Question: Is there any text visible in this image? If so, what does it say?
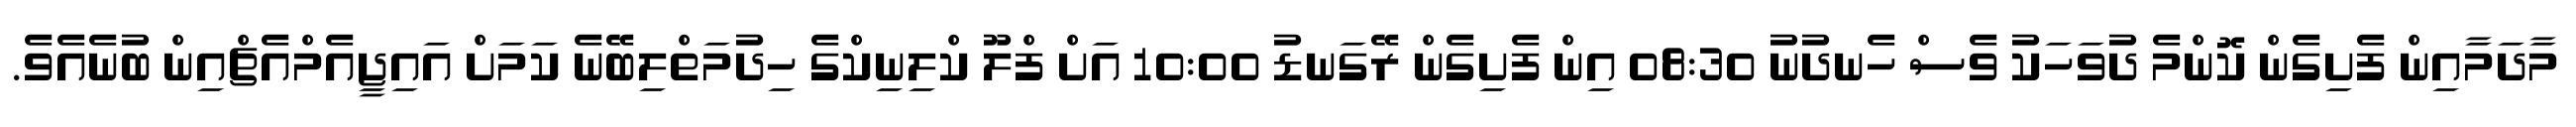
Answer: މާދަމާއިން ފެށިގެން ކޮންމެ ދުވަހަކު ވެސް ހެނދުނު 08:30 އިން ފެށިގެން ރޭގަނޑު 10:00 އަށް ފްލޫ ކްލިނިކްގެ ހިދުމަތްލިބޭނެ ކަމަށް އައިޖީއެމްއެޗްއިން ބުނެއެވެ.